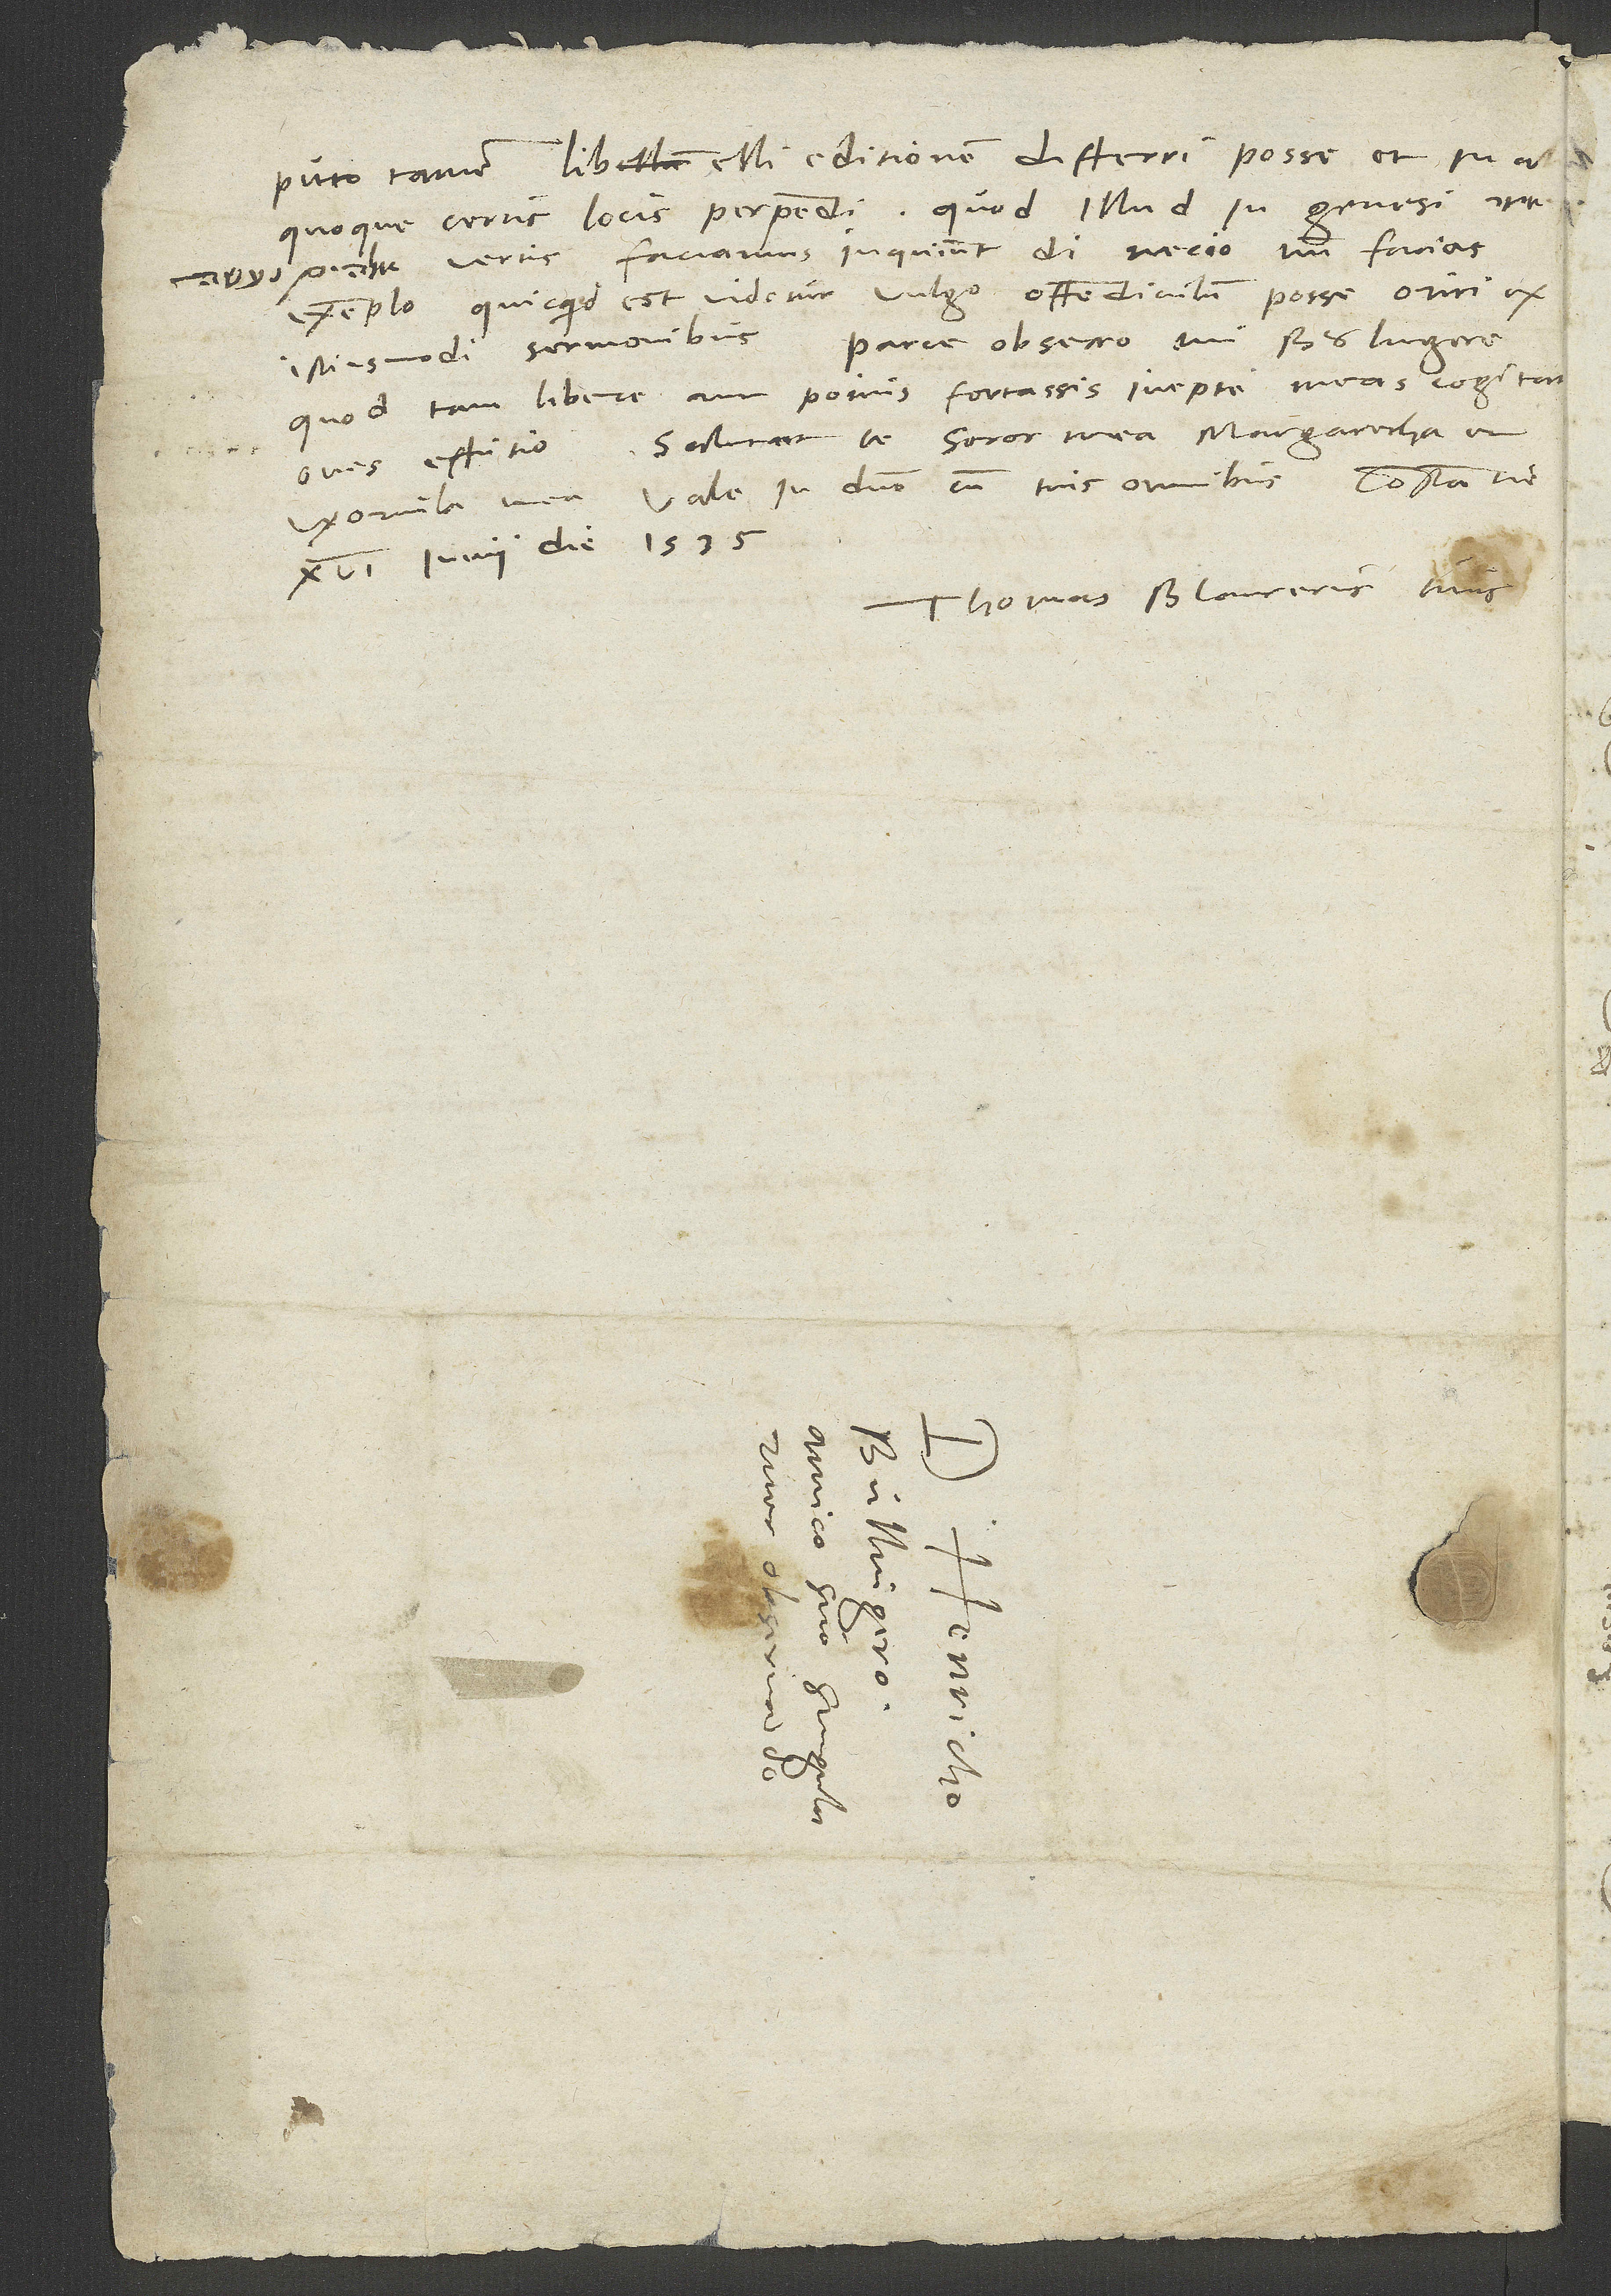
Puto tamen libelli editionem differri posse et in al,
exemplo. Quicquid est, videtur vulgo offendiculum posse oriri ex
istiusmodi sermonibus. Parce, obsecro, mi Boulingere,
quod tam libere aut potius fortassis inepte meas cogitationes
effutio. Salutat te soror mea Margaretha cum
uxorcula mea. Vale in domino cum tuis omnibus. Constantie,
16. iunii die 1535.
Thomas Blaurerus tuus.
S.